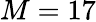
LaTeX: M=17